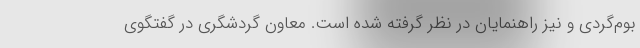
بوم‌گردی و نیز راهنمایان در نظر گرفته شده است. معاون گردشگری در گفتگوی